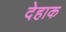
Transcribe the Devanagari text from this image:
देहाक